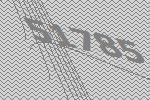
51785